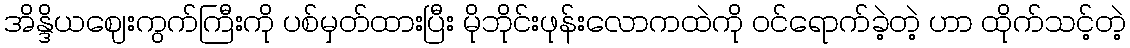
အိန္ဒိယဈေးကွက်ကြီးကို ပစ်မှတ်ထားပြီး မိုဘိုင်းဖုန်းလောကထဲကို ဝင်ရောက်ခဲ့တဲ့ ဟာ ထိုက်သင့်တဲ့